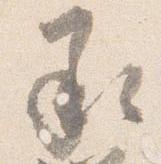
承